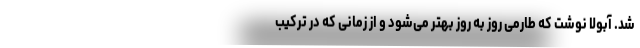
شد. آبولا نوشت که طارمی روز به روز بهتر می‌شود و از زمانی که در ترکیب